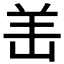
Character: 𫅎